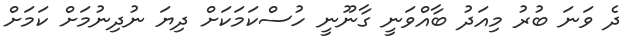
ދެ ވަނަ ބުރު މިއަދު ބާއްވަނީ ގާނޫނީ ހުސްކަމަކަށް ދިޔަ ނުދިނުމަށް ކަމަށް